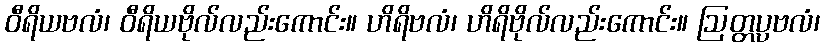
ဝီရိယဗလံ၊ ဝီရိယဗိုလ်လည်းကောင်း။ ဟိရိဗလံ၊ ဟိရိဗိုလ်လည်းကောင်း။ ဩတ္တပ္ပဗလံ၊